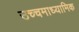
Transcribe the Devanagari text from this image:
उच्चमाध्यामिक